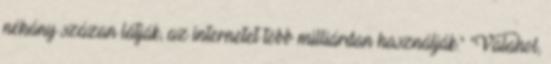
néhány százan látják, az internetet több milliárdan használják." "Valahol,